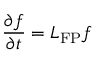
\frac { \partial f } { \partial t } = \boldsymbol { L } _ { \mathrm { F P } } f